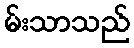
မ်းသာသည်